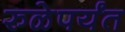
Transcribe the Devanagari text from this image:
रुळेपर्यंत